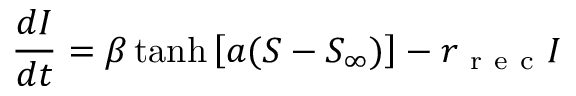
\frac { d I } { d t } = \beta \operatorname { t a n h } { \left[ a ( S - S _ { \infty } ) \right] } - r _ { \mathrm { ~ r ~ e ~ c ~ } } I